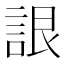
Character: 詪